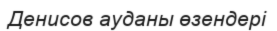
Денисов ауданы өзендері